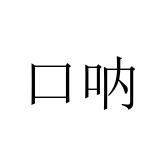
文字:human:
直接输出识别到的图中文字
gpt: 口呐